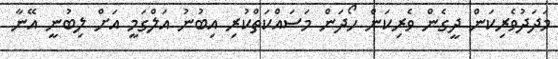
މަދަދުވެރިކަން ދީގެން ވެރިކަން ހޯދަން މަސައްކަތްކުރި އިބުނު އަލްގަމީ އަށް ލިބުނީ އޭނާ